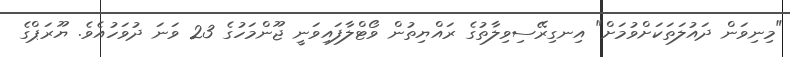
"މިނިވަން ދައުލަތަކަށްވުމަށް" އިނގިރޭސިވިލާތުގެ ރައްޔިތުން ވޯޓްލާފައިވަނީ ޖޫންމަހުގެ 23 ވަނަ ދުވަހުއެވެ. ޔޫރަޕްގެ